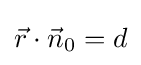
{\vec {r}}\cdot {\vec {n}}_{0}=d